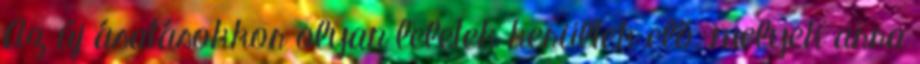
Az új ásatásokkor olyan leletek kerültek elő, melyek arra